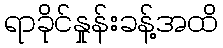
ရာခိုင်နှုန်းခန့်အထိ